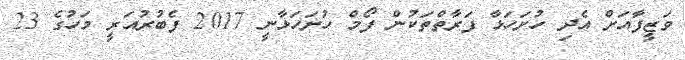
ވަޒީފާއަށް އެދި ހުށަހަޅާ ފަރާތްތަކުން ފޯމް ހުށަހަޅާނީ 2017 ފެބުރުއަރީ މަހުގެ 23